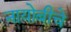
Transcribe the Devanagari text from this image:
नायोबीचे